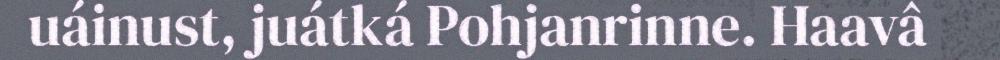
uáinust, juátká Pohjanrinne. Haavâ